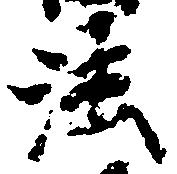
法